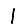
Digit: 1